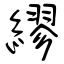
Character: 繆